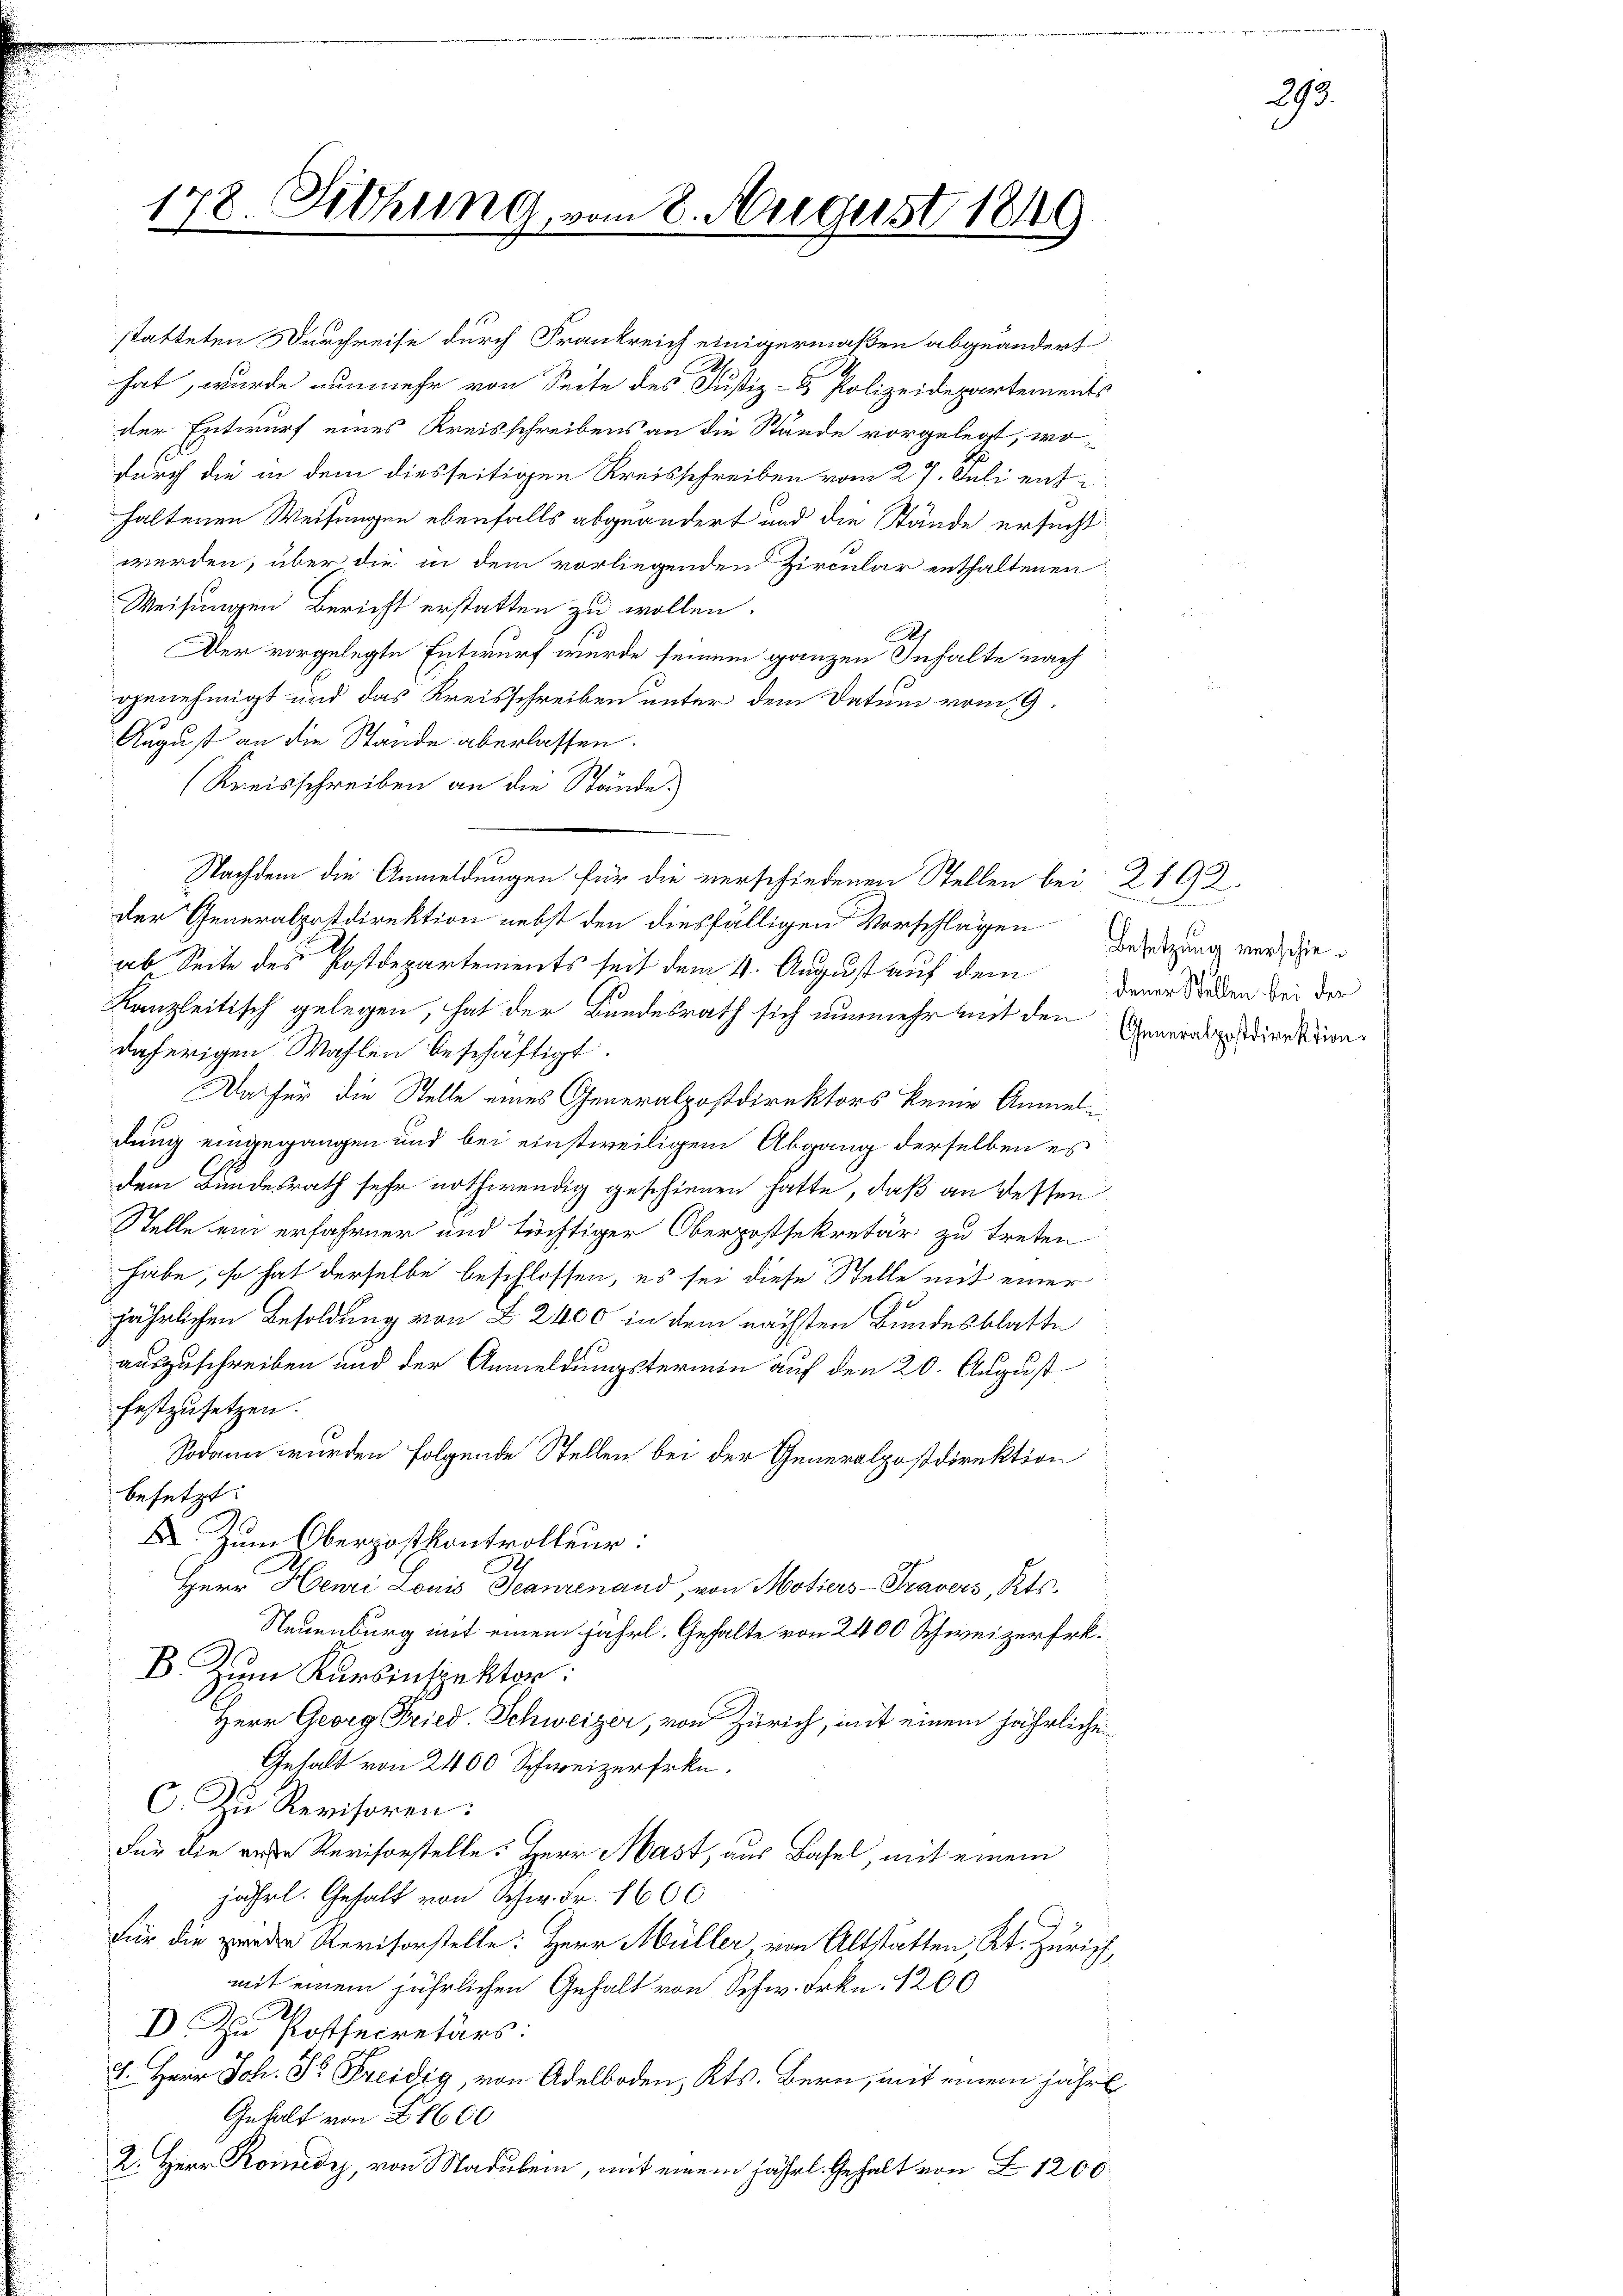
178. Sitzung vom 8. August 1849

statteten Durchreise durch Frankreich einigermaßen abgeändert
hat, wurde nunmehr von Seite des Justiz- & Polizeidepartements
der Entwurf eines Kreisschreibens an die Stände vorgelegt, wodurch die in dem diesseitigen Kreisschreiben vom 27. Juli enthaltenen Weisungen ebenfalls abgeändert und die Stände ersucht
werden, über die in dem vorliegenden Zircular enthaltenen
Weisungen Bericht erstatten zu wollen.
.
Der vorgelegte Entwurf wurde seinem ganzen Inhalte nach
genehmigt und das Kreisschreiben unter dem Datum vom 19.

August an die Stande aberlassen.
(Kreisschreiben an die Stände.
Nachdem die Anmeldungen für die verschiedenen Stellen bei 2192
der Generalpostdirektion nebst den diesfälligen Vorschlagen Besitzung versche
ab Seite des Postdepartements seit dem 4. August auf dem Denn Staden bei der
Kanzleitisch gelegen, hat der Bundesrath sich nunmehr mit den Generabgediensteindäherigen Wahlen beschäftigt.
Da für die Stelle eines Generalpostdirektors keine Anmelidung eingegangen und bei einstweiligem Abgang derselben es
dem Bundesrath sehr nothwendig geschienen hatte, daß an dessen
Stelle ein erfahrner und tüchtiger Oberpostsekretär zu treten
habe, so hat derselbe beschlossen, es sei diese Stelle mit einer
jährlichen Besoldung von § 2400 in dem nächsten Bundesblatte
auszuschreiben und der Anmeldungstermin auf den 20. August
festzusetzen.
Sodann wurden folgende Stellen bei der Generalpostdirektion
besetzt:
X Zum Oberpostkontrolleur:
Herr Henri Louis Teanrenand, von Motiers-Pravers, Kts.
Neuenburg mit einem fährl. Gehalte von 2400 Schweizer Erk
B. Zum Kursinspektor:
Herr Georg Fried. Schweizer, von Zürich, mit einem jährlichen
Gehalt von 2400 Schweizerfrkn.
C. Zu Revisoren:
Für die erte Revisorstelle. Herr Hast, aus Basel, mit einem
jährl. Gehalt von Schw. Fr. 1600
für die preden Revisorstelle: Herr Müller von Altstätten, Kt. Zürich,
mit einem jährlichen Gehalt von Schw. Frkn. 1200
 Postsecretärs:
1. Herr Joh. Dr Freidig, von Adelboden, Kts. Bern, mit einem jährl
Gehalt von 1600
2. Herr Konudys, von Maulein, mit einem jährl. Gehalt von Z. 1200

293.